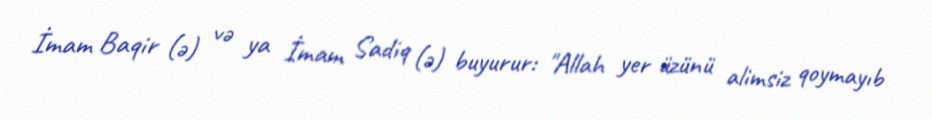
İmam Baqir (ə) və ya İmam Sadiq (ə) buyurur: "Allah yer üzünü alimsiz qoymayıb